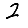
Digit: 2